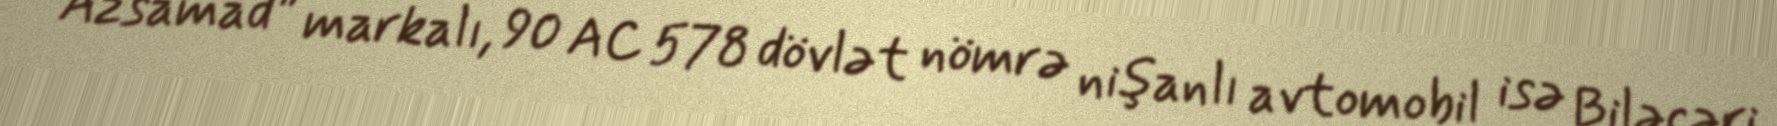
“Azsamad” markalı, 90 AC 578 dövlət nömrə nişanlı avtomobil isə Biləcəri